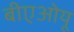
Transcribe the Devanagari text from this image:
बीएओयू